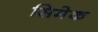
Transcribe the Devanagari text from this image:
सिमेक